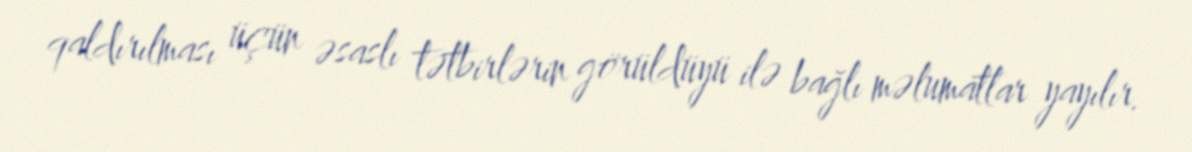
qaldırılması üçün əsaslı tətbirlərin görüldüyü ilə bağlı məlumatlar yayılır.